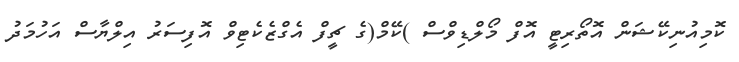
ކޮމިއުނިކޭޝަން އޮތޯރިޓީ އޮފް މޯލްޑިވްސް )ކޭމް(ގެ ޗީފް އެގްޒެކެޓިވް އޮފިސަރު އިލްޔާސް އަހުމަދު